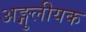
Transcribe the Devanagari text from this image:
अङ्गुलीयक